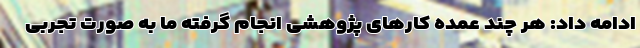
ادامه داد: هر چند عمده کارهای پژوهشی انجام گرفته ما به صورت تجربی